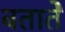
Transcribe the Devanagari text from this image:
बतातेे